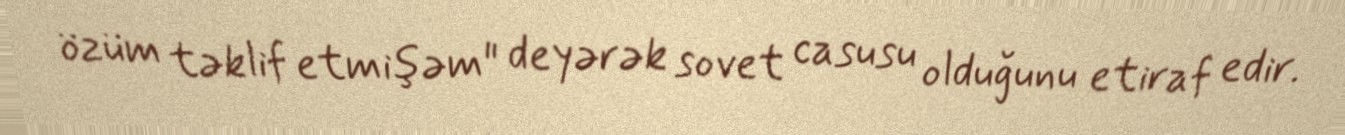
özüm təklif etmişəm" deyərək sovet casusu olduğunu etiraf edir.